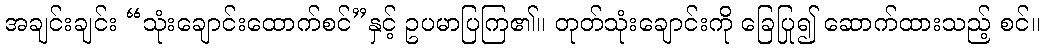
အချင်းချင်း “သုံးချောင်းထောက်စင်”နှင့် ဥပမာပြကြ၏။ တုတ်သုံးချောင်းကို ခြေပြု၍ ဆောက်ထားသည့် စင်။